Indian journal of veterinary science and animal husbandry - Volume 5,
Year: 1935
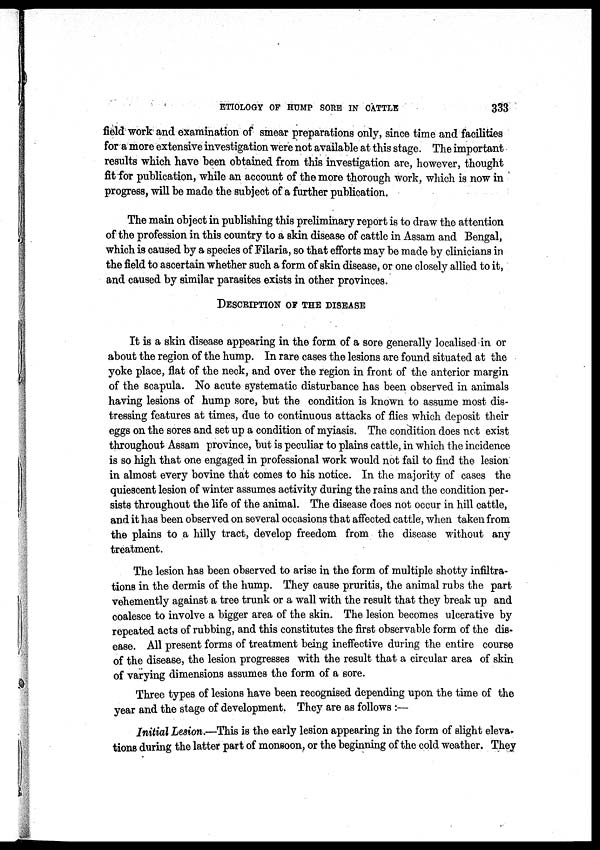
ETIOLOGY OF HUMP SORE IN CATTLE
333
field work and examination of smear preparations only, since time and facilities
for a more extensive investigation were not available at this stage. The important
results which have been obtained from this investigation are, however, thought
fit for publication, while an account of the more thorough work, which is now in
progress, will be made the subject of a further publication.
The main object in publishing this preliminary report is to draw the attention
of the profession in this country to a skin disease of cattle in Assam and Bengal,
which is caused by a species of Filaria, so that efforts may be made by clinicians in
the field to ascertain whether such a form of skin disease, or one closely allied to it,
and caused by similar parasites exists in other provinces.
DESCRIPTION OF THE DISEASE
It is a skin disease appearing in the form of a sore generally localised in or
about the region of the hump. In rare cases the lesions are found situated at the
yoke place, flat of the neck, and over the region in front of the anterior margin
of the scapula. No acute systematic disturbance has been observed in animals
having lesions of hump sore, but the condition is known to assume most dis-
tressing features at times, due to continuous attacks of flies which deposit their
eggs on the sores and set up a condition of myiasis. The condition does not exist
throughout Assam province, but is peculiar to plains cattle, in which the incidence
is so high that one engaged in professional work would not fail to find the lesion
in almost every bovine that comes to his notice. In the majority of cases the
quiescent lesion of winter assumes activity during the rains and the condition per-
sists throughout the life of the animal. The disease does not occur in hill cattle,
and it has been observed on several occasions that affected cattle, when taken from
the plains to a hilly tract, develop freedom from the disease without any
treatment.
The lesion has been observed to arise in the form of multiple shotty infiltra-
tions in the dermis of the hump. They cause pruritis, the animal rubs the part
vehemently against a tree trunk or a wall with the result that they break up and
coalesce to involve a bigger area of the skin. The lesion becomes ulcerative by
repeated acts of rubbing, and this constitutes the first observable form of the dis-
ease. All present forms of treatment being ineffective during the entire course
of the disease, the lesion progresses with the result that a circular area of skin
of varying dimensions assumes the form of a sore.
Three types of lesions have been recognised depending upon the time of the
year and the stage of development. They are as follows :—
Initial Lesion.—This is the early lesion appearing in the form of slight eleva-
tions during the latter part of monsoon, or the beginning of the cold weather. They